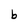
Character: b